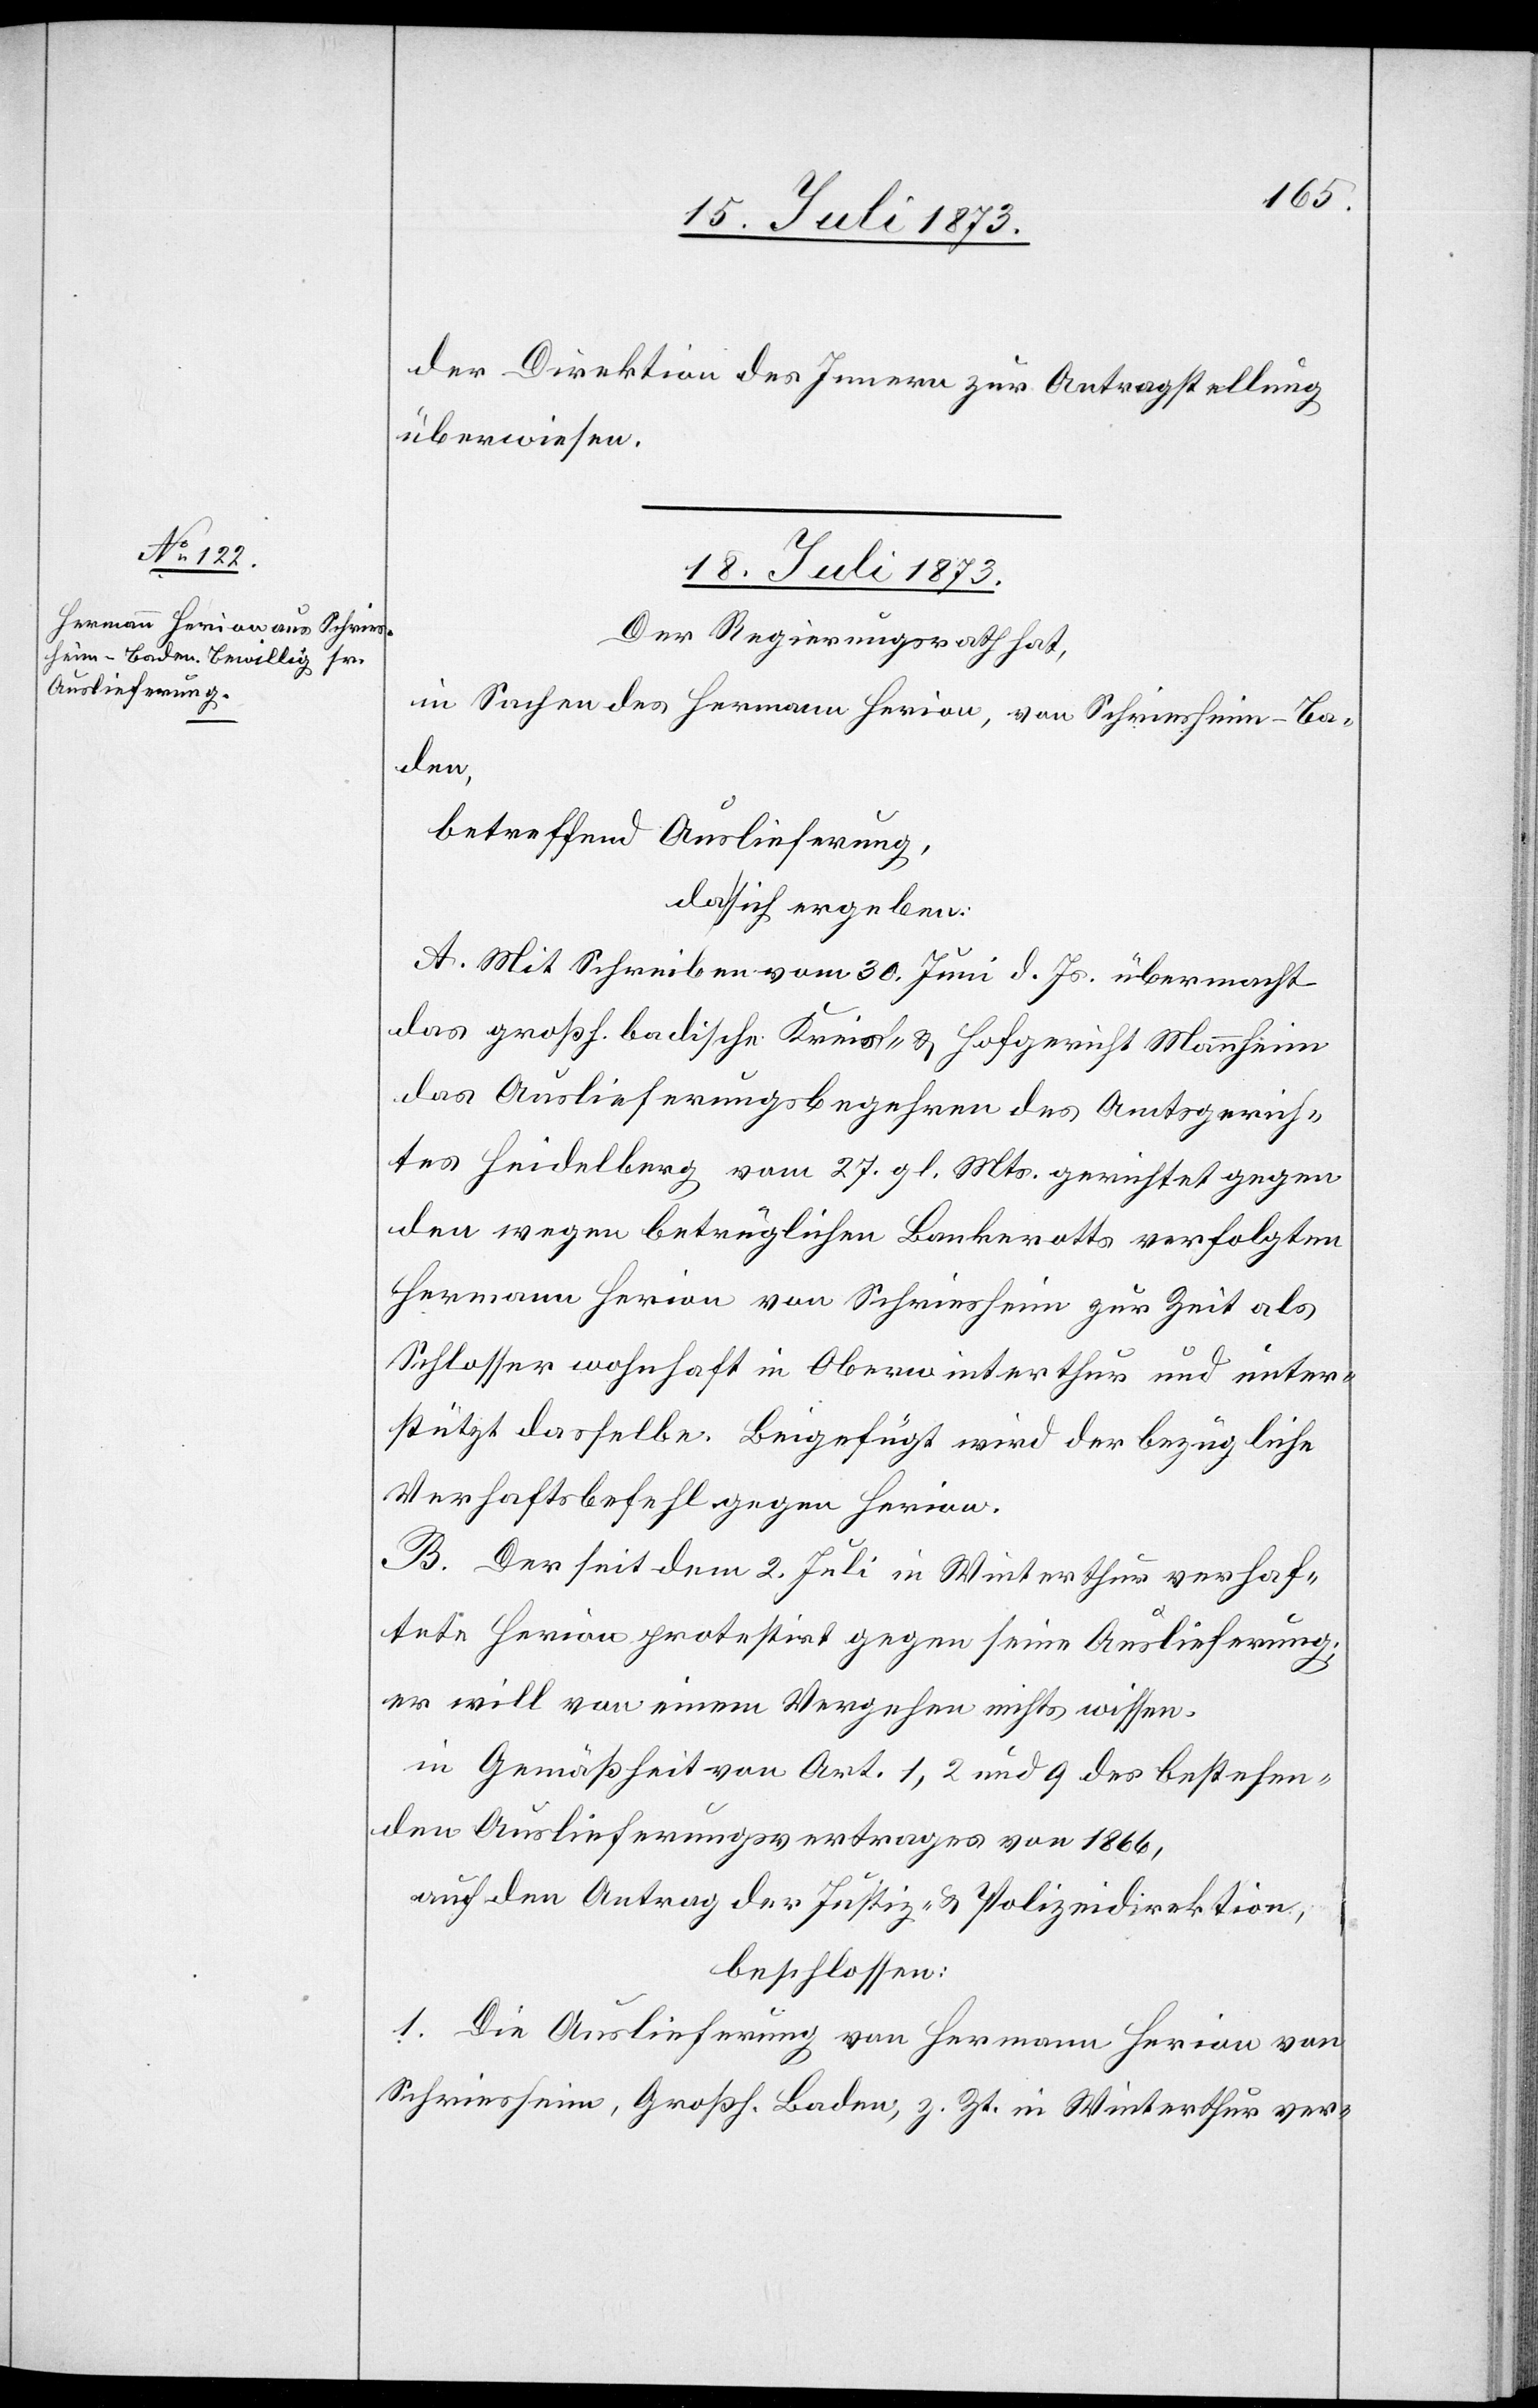
der Direktion des Innern zur Antragstellung
überwiesen.
18. Juli 1873.
Der Regierungsrath hat,
in Sachen des Hermann Herion, von Schriesheim-Ba¬
den,
betreffend Auslieferung
da sich ergeben:
A. Mit Schreiben vom 30. Juni d. Js. übermacht
das großh. badische Kreis- & Hofgericht Mannheim
das Auslieferungsbegehren des Amtsgerich¬
tes Heidelberg vom 27. gl. Mts. gerichtet gegen
den wegen betrüglichen Bankerotts verfolgten
Hermann Herion von Schriesheim zur Zeit als
Schlosser wohnhaft in Oberwinterthur und unter¬
stützt dasselbe. Beigefügt wird der bezügliche
Verhaftsbefehl gegen Herion.
B. Der seit dem 2. Juli in Winterthur verhaf¬
tete Herion protestirt gegen seine Auslieferung;
er will von einem Vergehen nichts wissen.
in Gemäßheit von Art. 1, 2 und 9 des bestehen¬
den Auslieferungsvertrages von 1866,
auf den Antrag der Justiz- & Polizeidirektion,
beschlossen:
1. Die Auslieferung von Hermann Herion von
Schriesheim, Großh. Baden, z. Zt. in Winterthur ver-